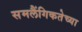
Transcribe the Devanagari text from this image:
समलैंगिकतेच्या